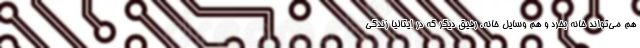
هم می‌تواند خانه بخرد و هم وسایل خانه. رفیق دیگر که در ایتالیا زندگی